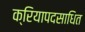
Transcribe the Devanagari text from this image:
क्रियापदसाधित